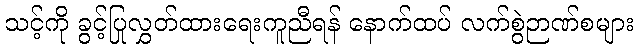
သင့်ကို ခွင့်ပြုလွှတ်ထားရေးကူညီရန် နောက်ထပ် လက်စွဲဉာဏ်စများ